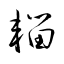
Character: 輺